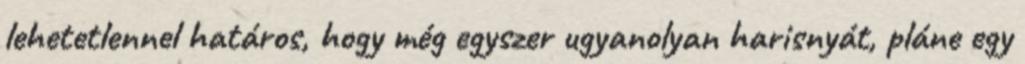
lehetetlennel határos, hogy még egyszer ugyanolyan harisnyát, pláne egy